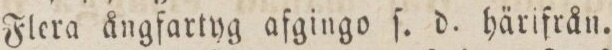
Flera ångfartyg afgingo ſ. d. härifrån.